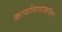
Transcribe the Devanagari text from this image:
कार्यालायाकरिता